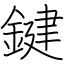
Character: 鍵